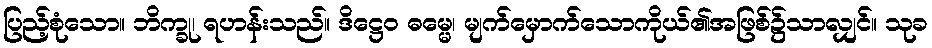
ပြည့်စုံသော။ ဘိက္ခု၊ ရဟန်းသည်။ ဒိဋ္ဌေဝ ဓမ္မေ၊ မျက်မှောက်သောကိုယ်၏အဖြစ်၌သာလျှင်။ သုခ